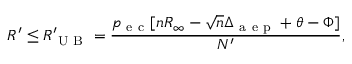
R ^ { \prime } \le R _ { \mathrm { ~ U ~ B ~ } } ^ { \prime } = \frac { p _ { \mathrm { ~ e ~ c ~ } } [ n R _ { \infty } - \sqrt { n } \Delta _ { \mathrm { ~ a ~ e ~ p ~ } } + \theta - \Phi ] } { N ^ { \prime } } ,